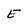
Character: E